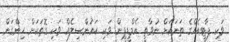
ވަކި ޕާޓީއެއްގެ ތަނަކަށް ނުވާތީ އެމްޑީޕީން ވަކި ކައުންސިލެއް ވަކި ގޮތަކަށް ހިންގަން